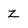
Character: Z